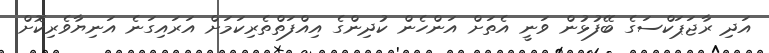
އަދި ރާޖަޕަކްސަގެ ބޭފުޅުން ވަނީ އެތަށް އަންހެން ކުދިންގެ އިއްފަތްތެރިކަމަށް އަރައިގަނެ އަނިޔާވެރިކޮށް